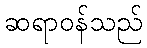
ဆရာဝန်သည်